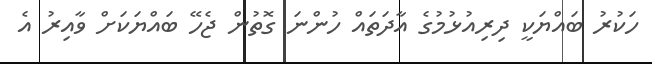
ހަކުރު ބައްޔަކީ ދިރިއުޅުމުގެ އާދަތައް ހުންނަ ގޮތުން ޖެހޭ ބައްޔަކަށް ވާއިރު އެ